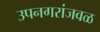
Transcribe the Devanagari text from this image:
उपनगरांजवळ